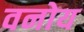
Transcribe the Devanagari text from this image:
वनोय